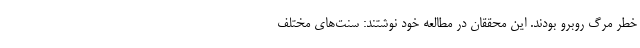
خطر مرگ روبرو بودند. این محققان در مطالعه خود نوشتند: سنت‌های مختلف